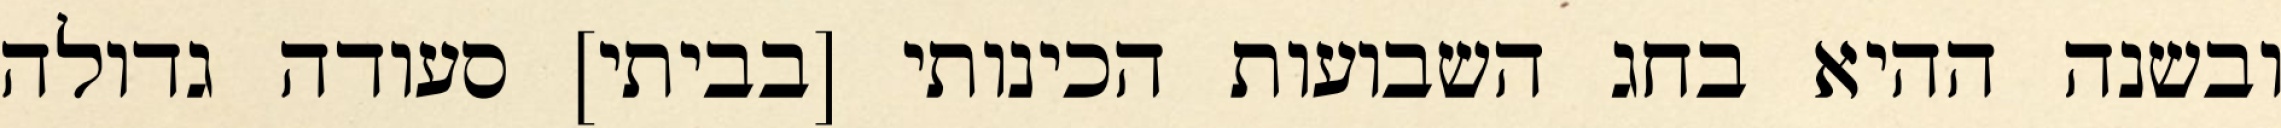
ובשנה ההיא בחג השבועות הכינותי [בביתי] סעודה גדולה